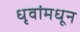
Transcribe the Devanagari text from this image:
धृवांमधून